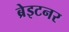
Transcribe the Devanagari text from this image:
ब्रेइटनर